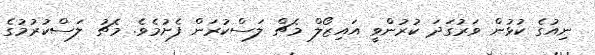
ނިއުގެ ކުޅުން ވަރުގަދަ ކުރުންވީ އައިޒޯލް މެޗް ލަސްކުރަން ފެށުމެވެ. މެޗު ލަސްކުރުމުގެ